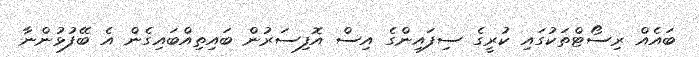
ބައެއް ރިސޯޓްތަކުގައި ކުރީގެ ސިފައިންގެ އިސް އޮފިސަރުން ބައިތިއްބައިގެން އެ ބޭފުޅުންނާ